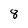
Character: 8